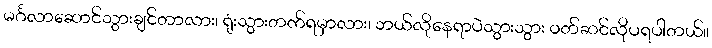
မင်္ဂလာဆောင်သွားချင်တာလား၊ ရုံးသွားတက်ရမှာလား၊ ဘယ်လိုနေရာပဲသွားသွား ဝတ်ဆင်လိုပရပါတယ်။